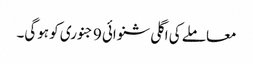
معاملے کی اگلی شنوائی 9 جنوری کو ہوگی۔